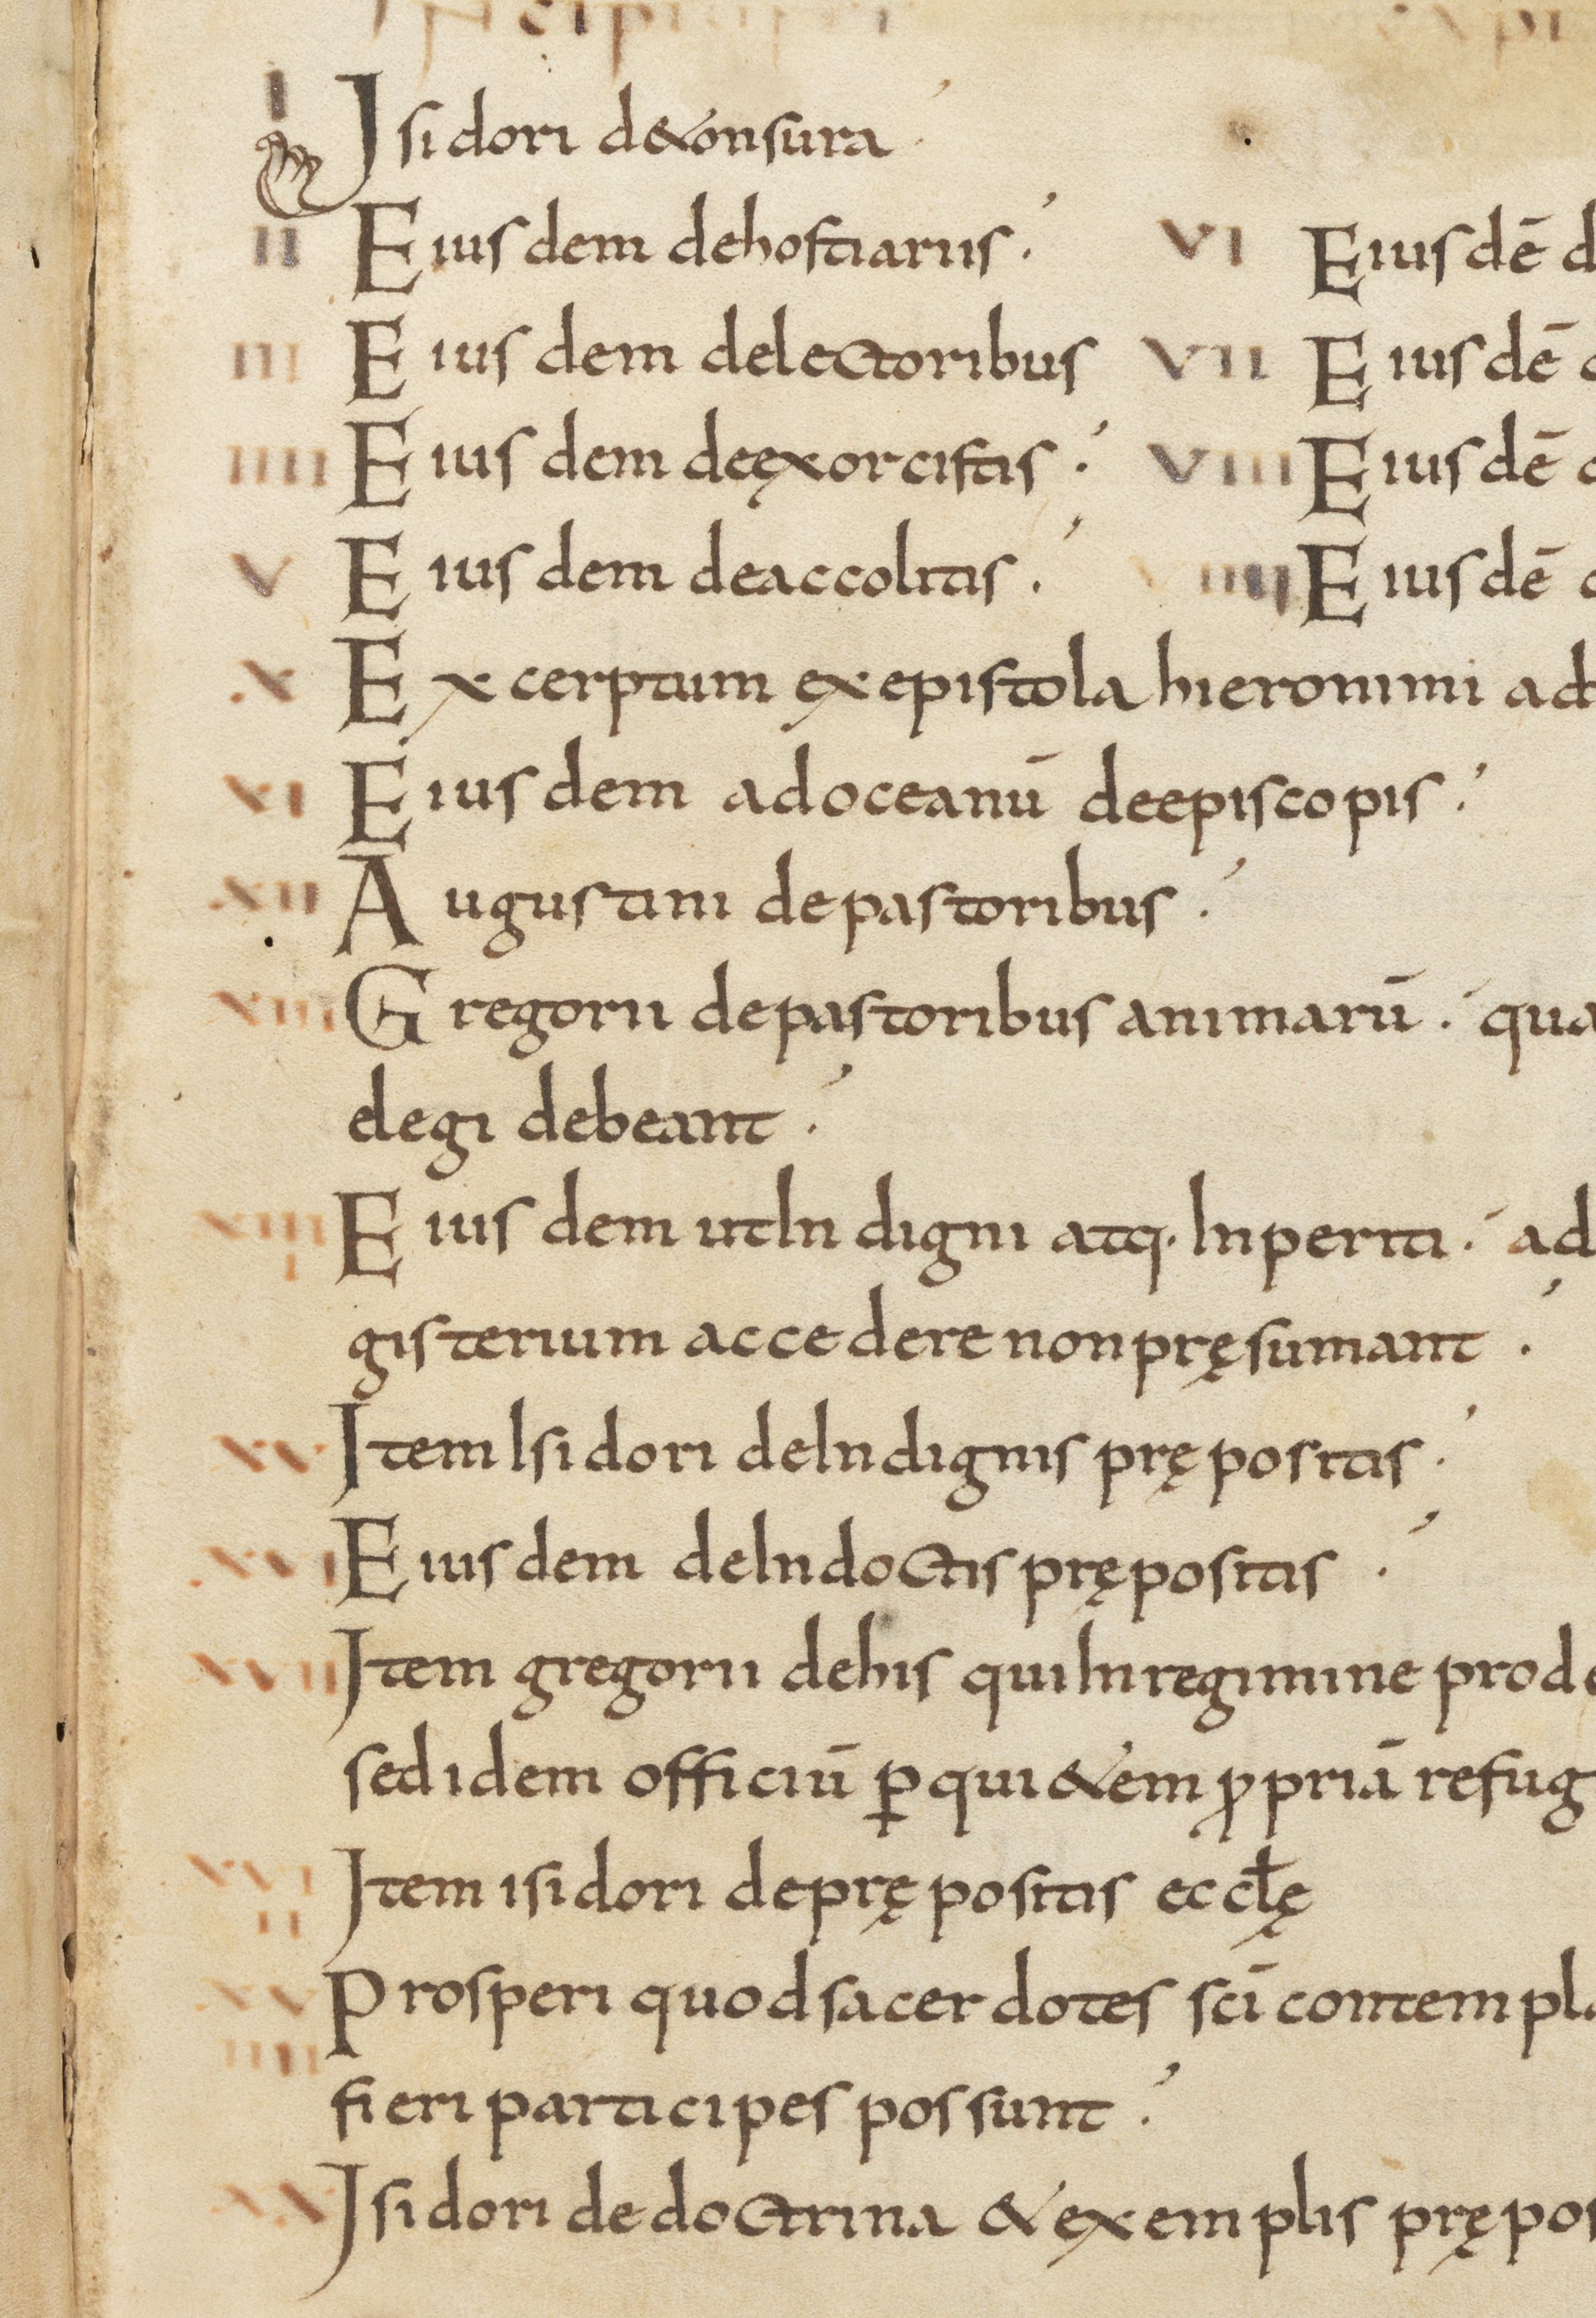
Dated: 800–849